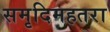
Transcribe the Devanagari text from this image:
समृदिमहतरा